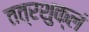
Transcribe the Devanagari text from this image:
तत्रशुक्लं